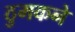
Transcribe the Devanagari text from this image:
ठुमकने